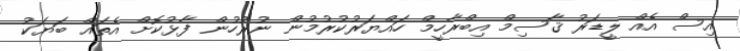
އިސް އެއް ލީޑަރު ޤާސިމް އިބްރާހީމް ހައްޔަރުކުރުމުން ނުރުހުން ފާޅުކޮށް އެތައް ބަޔަކު